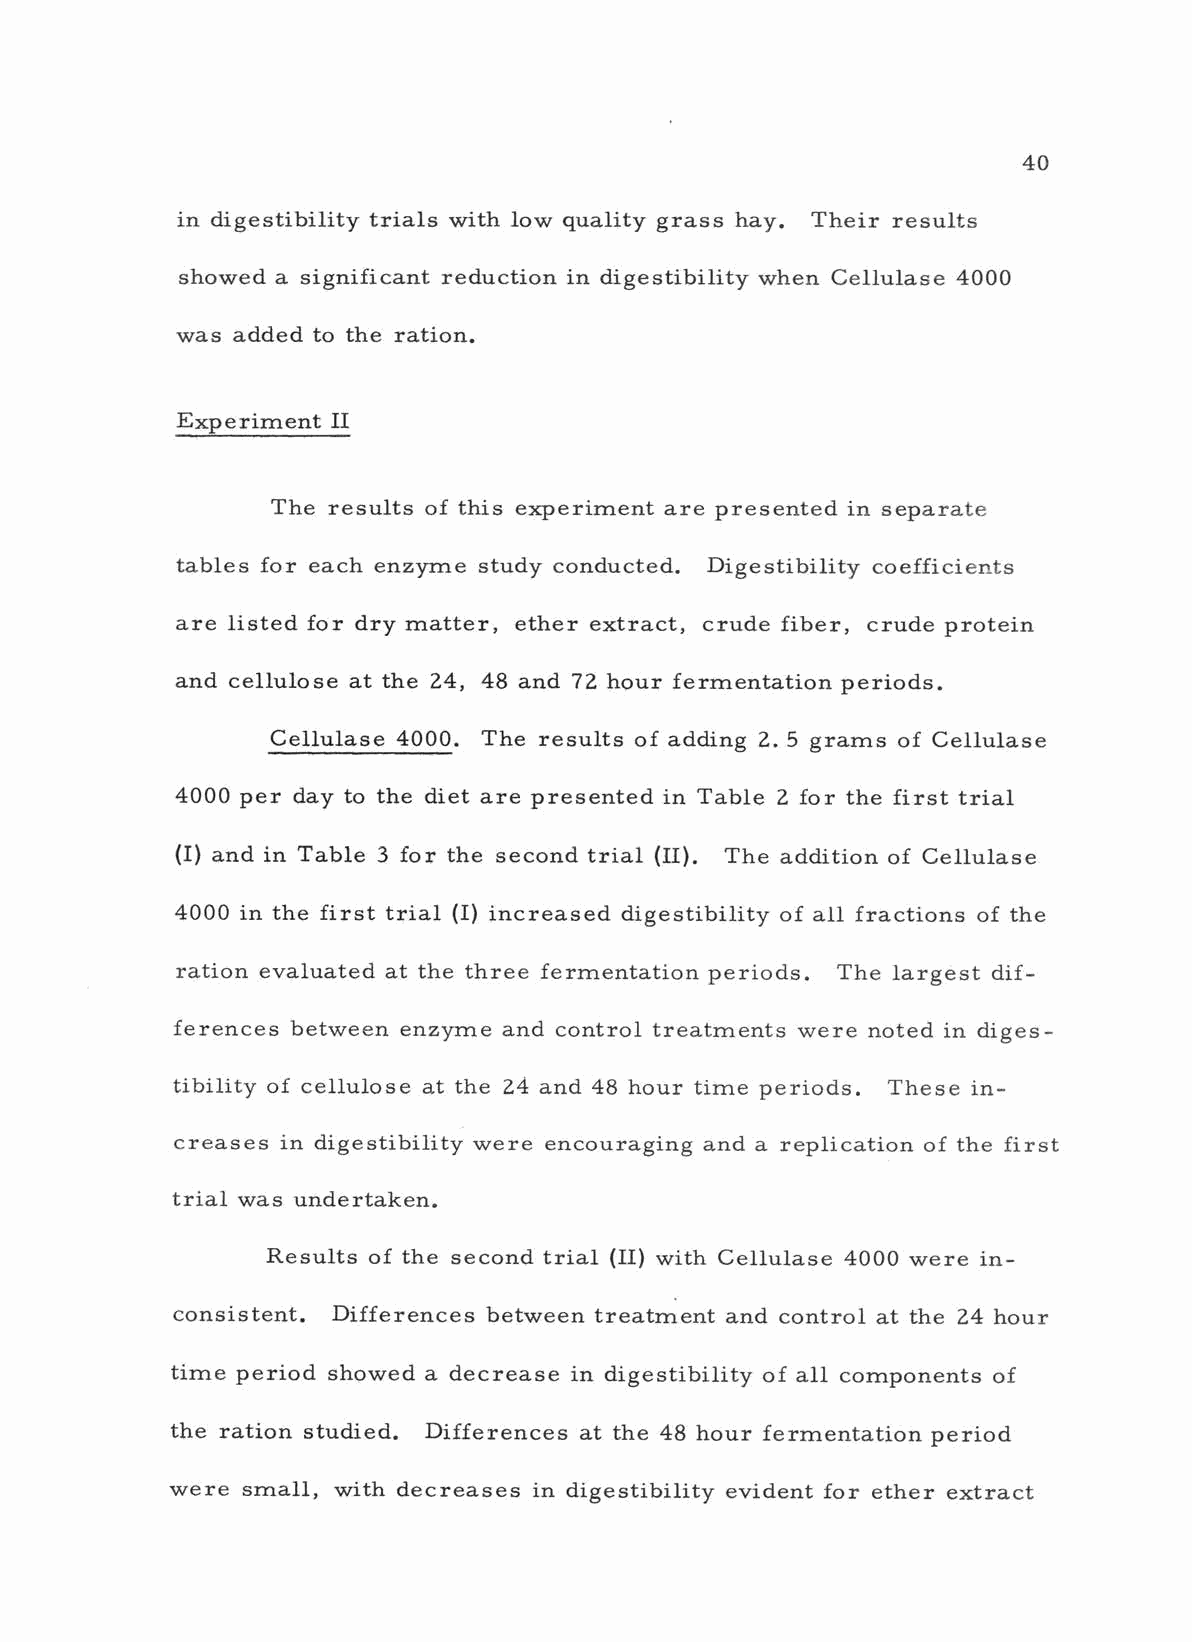
40
 in digestibility trials with low quality grass hay. Their results
 showed a significant reduction in digestibility when Cellulase 4000
 was added to the ration.
 Experiment II
 The results of this experiment are presented in separate
 tables for each enzyme study conducted. Digestibility coefficients
 are listed for dry matter, ether extract, crude fiber, crude protein
 and cellulose at the 24, 48 and 72 hour fermentation periods.
 Cellulase 4000. The results of adding 2.5 grams of Cellulase
 4000 per day to the diet are presented in Table 2 for the first trial
 (I) and in Table 3 for the second trial (II). The addition of Cellulase
 4000 in the first trial (I) increased digestibility of all fractions of the
 ration evaluated at the three fermentation periods. The largest dif-
 ferences between enzyme and control treatments were noted in diges-
 tibility of cellulose at the 24 and 48 hour time periods. These in-
 creases in digestibility were encouraging and a replication of the first
 trial was undertaken.
 Results of the second trial (II) with Cellulase 4000 were in-
 consistent. Differences between treatment and control at the 24 hour
 time period showed a decrease in digestibility of all components of
 the ration studied. Differences at the 48 hour fermentation period
 were small, with decreases in digestibility evident for ether extract